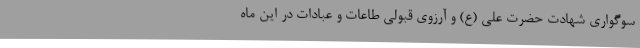
سوگواری شهادت حضرت علی (ع) و آرزوی قبولی طاعات و عبادات در این ماه